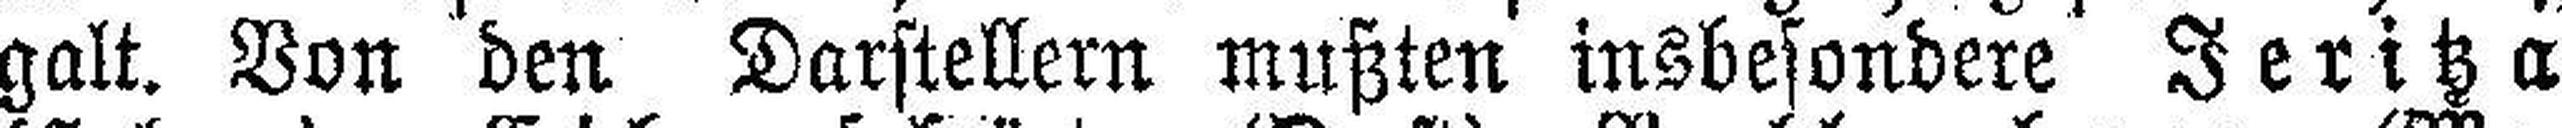
galt. Von den Darstellern mußten insbesondere Jeritza